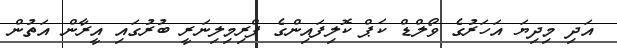
އަދި މިދިޔަ އަހަރުގެ ވޯލްޑް ކަޕް ކޮލިފައިންގެ ޕްރިމިލިނަރީ ބުރުގައި އީރާން އަތުން